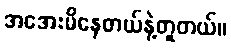
အအေးမိနေတယ်နဲ့တူတယ်။